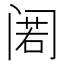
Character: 𲉃